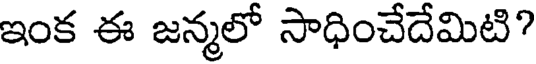
ఇంక ఈ జన్మలో సాధించేదేమిటి?